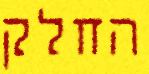
החלק